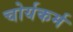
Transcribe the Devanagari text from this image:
चोर्यकर्म